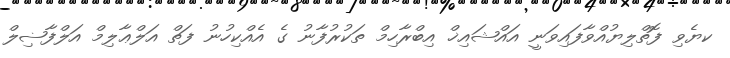
ކޔެވި ފޮތްލިޔުއްވާފައިވަނީ އައްޝައިޚް އިބްރާހިމް ތަކުރުފާނު ގެ އެއްކިހުނު ފަތް އަލްޢާލިމް އަލްފާޟިލް